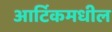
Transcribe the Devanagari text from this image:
आर्टिकमधील